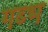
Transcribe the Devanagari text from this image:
गब्भ